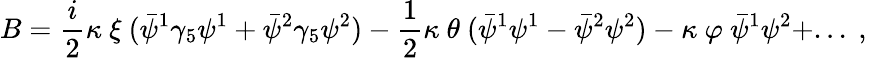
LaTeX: B={\frac{i}{2}}\kappa\ \xi\ (\bar{\psi}^{1}\gamma_{5}\psi^{1}+\bar{\psi}^{2}\gamma_{5}\psi^{2})-{\frac{1}{2}}\kappa\ \theta\ (\bar{\psi}^{1}\psi^{1}-\bar{\psi}^{2}\psi^{2})-\kappa\ \varphi\ \bar{\psi}^{1}\psi^{2}+...\ ,\,